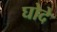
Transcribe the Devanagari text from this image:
घोदे